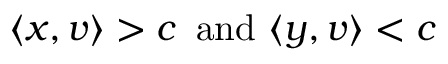
\langle x , v \rangle > c \, { \mathrm { ~ a n d ~ } } \langle y , v \rangle < c